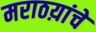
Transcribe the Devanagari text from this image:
मराठय़ांचे